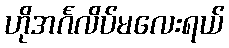
ဟိုအင်္ဂလိပ်မလေးရယ်